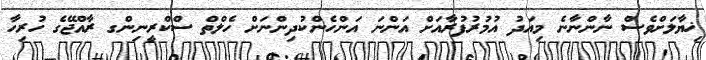
ޚިޔާލަށްވެސް ނާންނާނެ މިއަދު އުމުރުފުރާއަށް އަންނަ އަންހެންކުދިންނަށް ހެލްތް ސްކްރީނިންގ ރާއްޖޭގެ ހުރިހާ